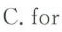
C.for